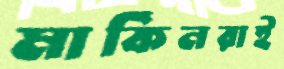
মার্কিনরাই